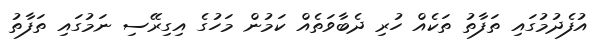
އުފެދުމުގައި ތަފާތު ތަކެއް ހުރި ދެބާވަތެއް ކަމުން މަހުގެ އިގިރޭސި ނަމުގައި ތަފާތު